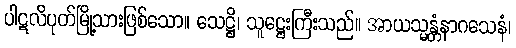
ပါဋလိပုတ်မြို့သားဖြစ်သော။ သေဋ္ဌိ၊ သူဋ္ဌေးကြီးသည်။ အာယသ္မန္တံနာဂသေနံ၊